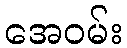
အေဝမ်း